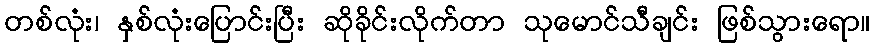
တစ်လုံး၊ နှစ်လုံးပြောင်းပြီး ဆိုခိုင်းလိုက်တာ သုမောင်သီချင်း ဖြစ်သွားရော။